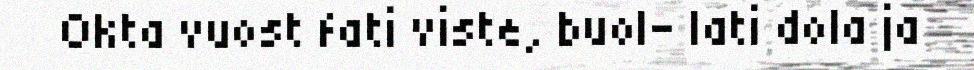
Okta vuost fati viste, buol- lati dola ja